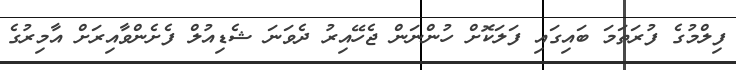
ފިލްމުގެ ފުރަތަމަ ބައިގައި ފަލަކޮށް ހުންނަން ޖެހޭއިރު ދެވަނަ ޝެޑިއުލް ފެށެންވާއިރަށް އާމިރުގެ